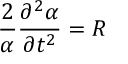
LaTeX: \frac { 2 } { \alpha } \frac { \partial ^ { 2 } \alpha } { \partial t ^ { 2 } } = R